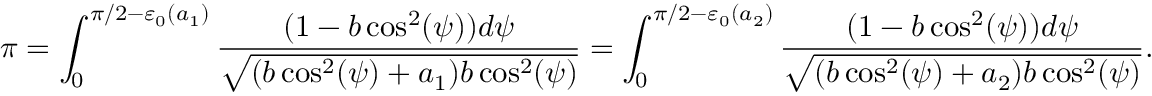
\pi = \int _ { 0 } ^ { \pi / 2 - \varepsilon _ { 0 } ( a _ { 1 } ) } \frac { ( 1 - b \cos ^ { 2 } ( \psi ) ) d \psi } { \sqrt { ( b \cos ^ { 2 } ( \psi ) + a _ { 1 } ) b \cos ^ { 2 } ( \psi ) } } = \int _ { 0 } ^ { \pi / 2 - \varepsilon _ { 0 } ( a _ { 2 } ) } \frac { ( 1 - b \cos ^ { 2 } ( \psi ) ) d \psi } { \sqrt { ( b \cos ^ { 2 } ( \psi ) + a _ { 2 } ) b \cos ^ { 2 } ( \psi ) } } .